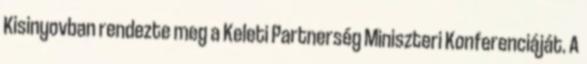
Kisinyovban rendezte meg a Keleti Partnerség Miniszteri Konferenciáját. A